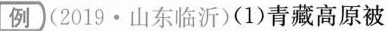
例 (2019·山东临沂) (1)青藏高原被